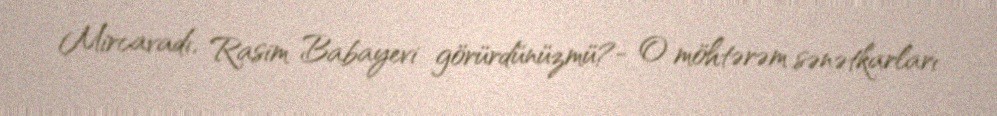
Mircavadı, Rasim Babayevi görürdünüzmü?- O möhtərəm sənətkarları